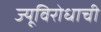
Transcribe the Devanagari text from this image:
ज्यूविरोधाची